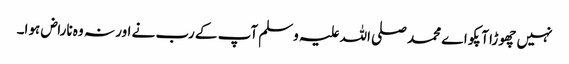
نہیں چھوڑا آپکو اے محمد صلی اللہ علیہ وسلم آپ کے رب نے اور نہ وہ ناراض ہوا۔